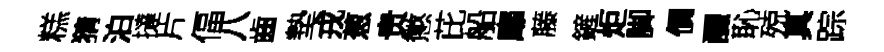
糕猜泊撻片偪八齒墊戎葱贵懲芘船靡藤鏟炬脚價釅恥殑真踪